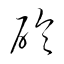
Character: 砲